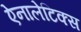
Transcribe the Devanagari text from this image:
ऐनालेटिक्स